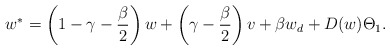
\begin{align*}w^*=\left(1-\gamma-\frac{\beta}{2}\right)w+\left(\gamma-\frac{\beta}{2}\right)v+\beta w_d+D(w)\Theta_1.\end{align*}